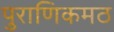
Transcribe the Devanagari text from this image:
पुराणिकमठ